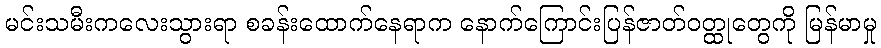
မင်းသမီးကလေးသွားရာ စခန်းထောက်နေရာက နောက်ကြောင်းပြန်ဇာတ်ဝတ္ထုတွေကို မြန်မာမှု